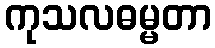
ကုသလဓမ္မတာ